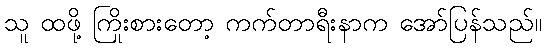
သူ ထဖို့ ကြိုးစားတော့ ကက်တာရီးနာက အော်ပြန်သည်။